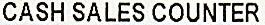
CASH SALES COUNTER